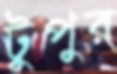
টুপুর